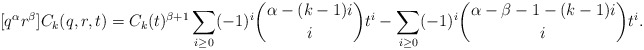
\begin{align*} [q^\alpha r^\beta]C_k(q,r,t) = C_k(t)^{\beta+1} \sum_{i \geq 0} (-1)^i \binom{\alpha - (k-1)i}{i} t^i - \sum_{i \geq 0} (-1)^i \binom{\alpha - \beta - 1 - (k-1)i}{i} t^i.\end{align*}